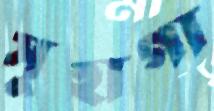
সুহাগা